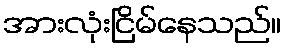
အားလုံးငြိမ်နေသည်။